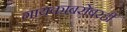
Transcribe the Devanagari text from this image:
गायकाबरोबरही